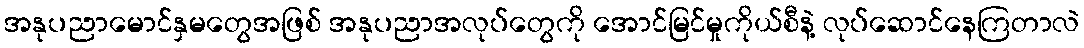
အနုပညာမောင်နှမတွေအဖြစ် အနုပညာအလုပ်တွေကို အောင်မြင်မှုကိုယ်စီနဲ့ လုပ်ဆောင်နေကြတာလဲ